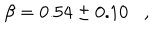
\beta = 0 . 5 4 \pm 0 . 1 0 \, \, \, \, \, , \, \, \, \, \,